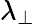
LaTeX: \lambda_{\perp}